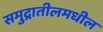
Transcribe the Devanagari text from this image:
समुद्रातीलमधील